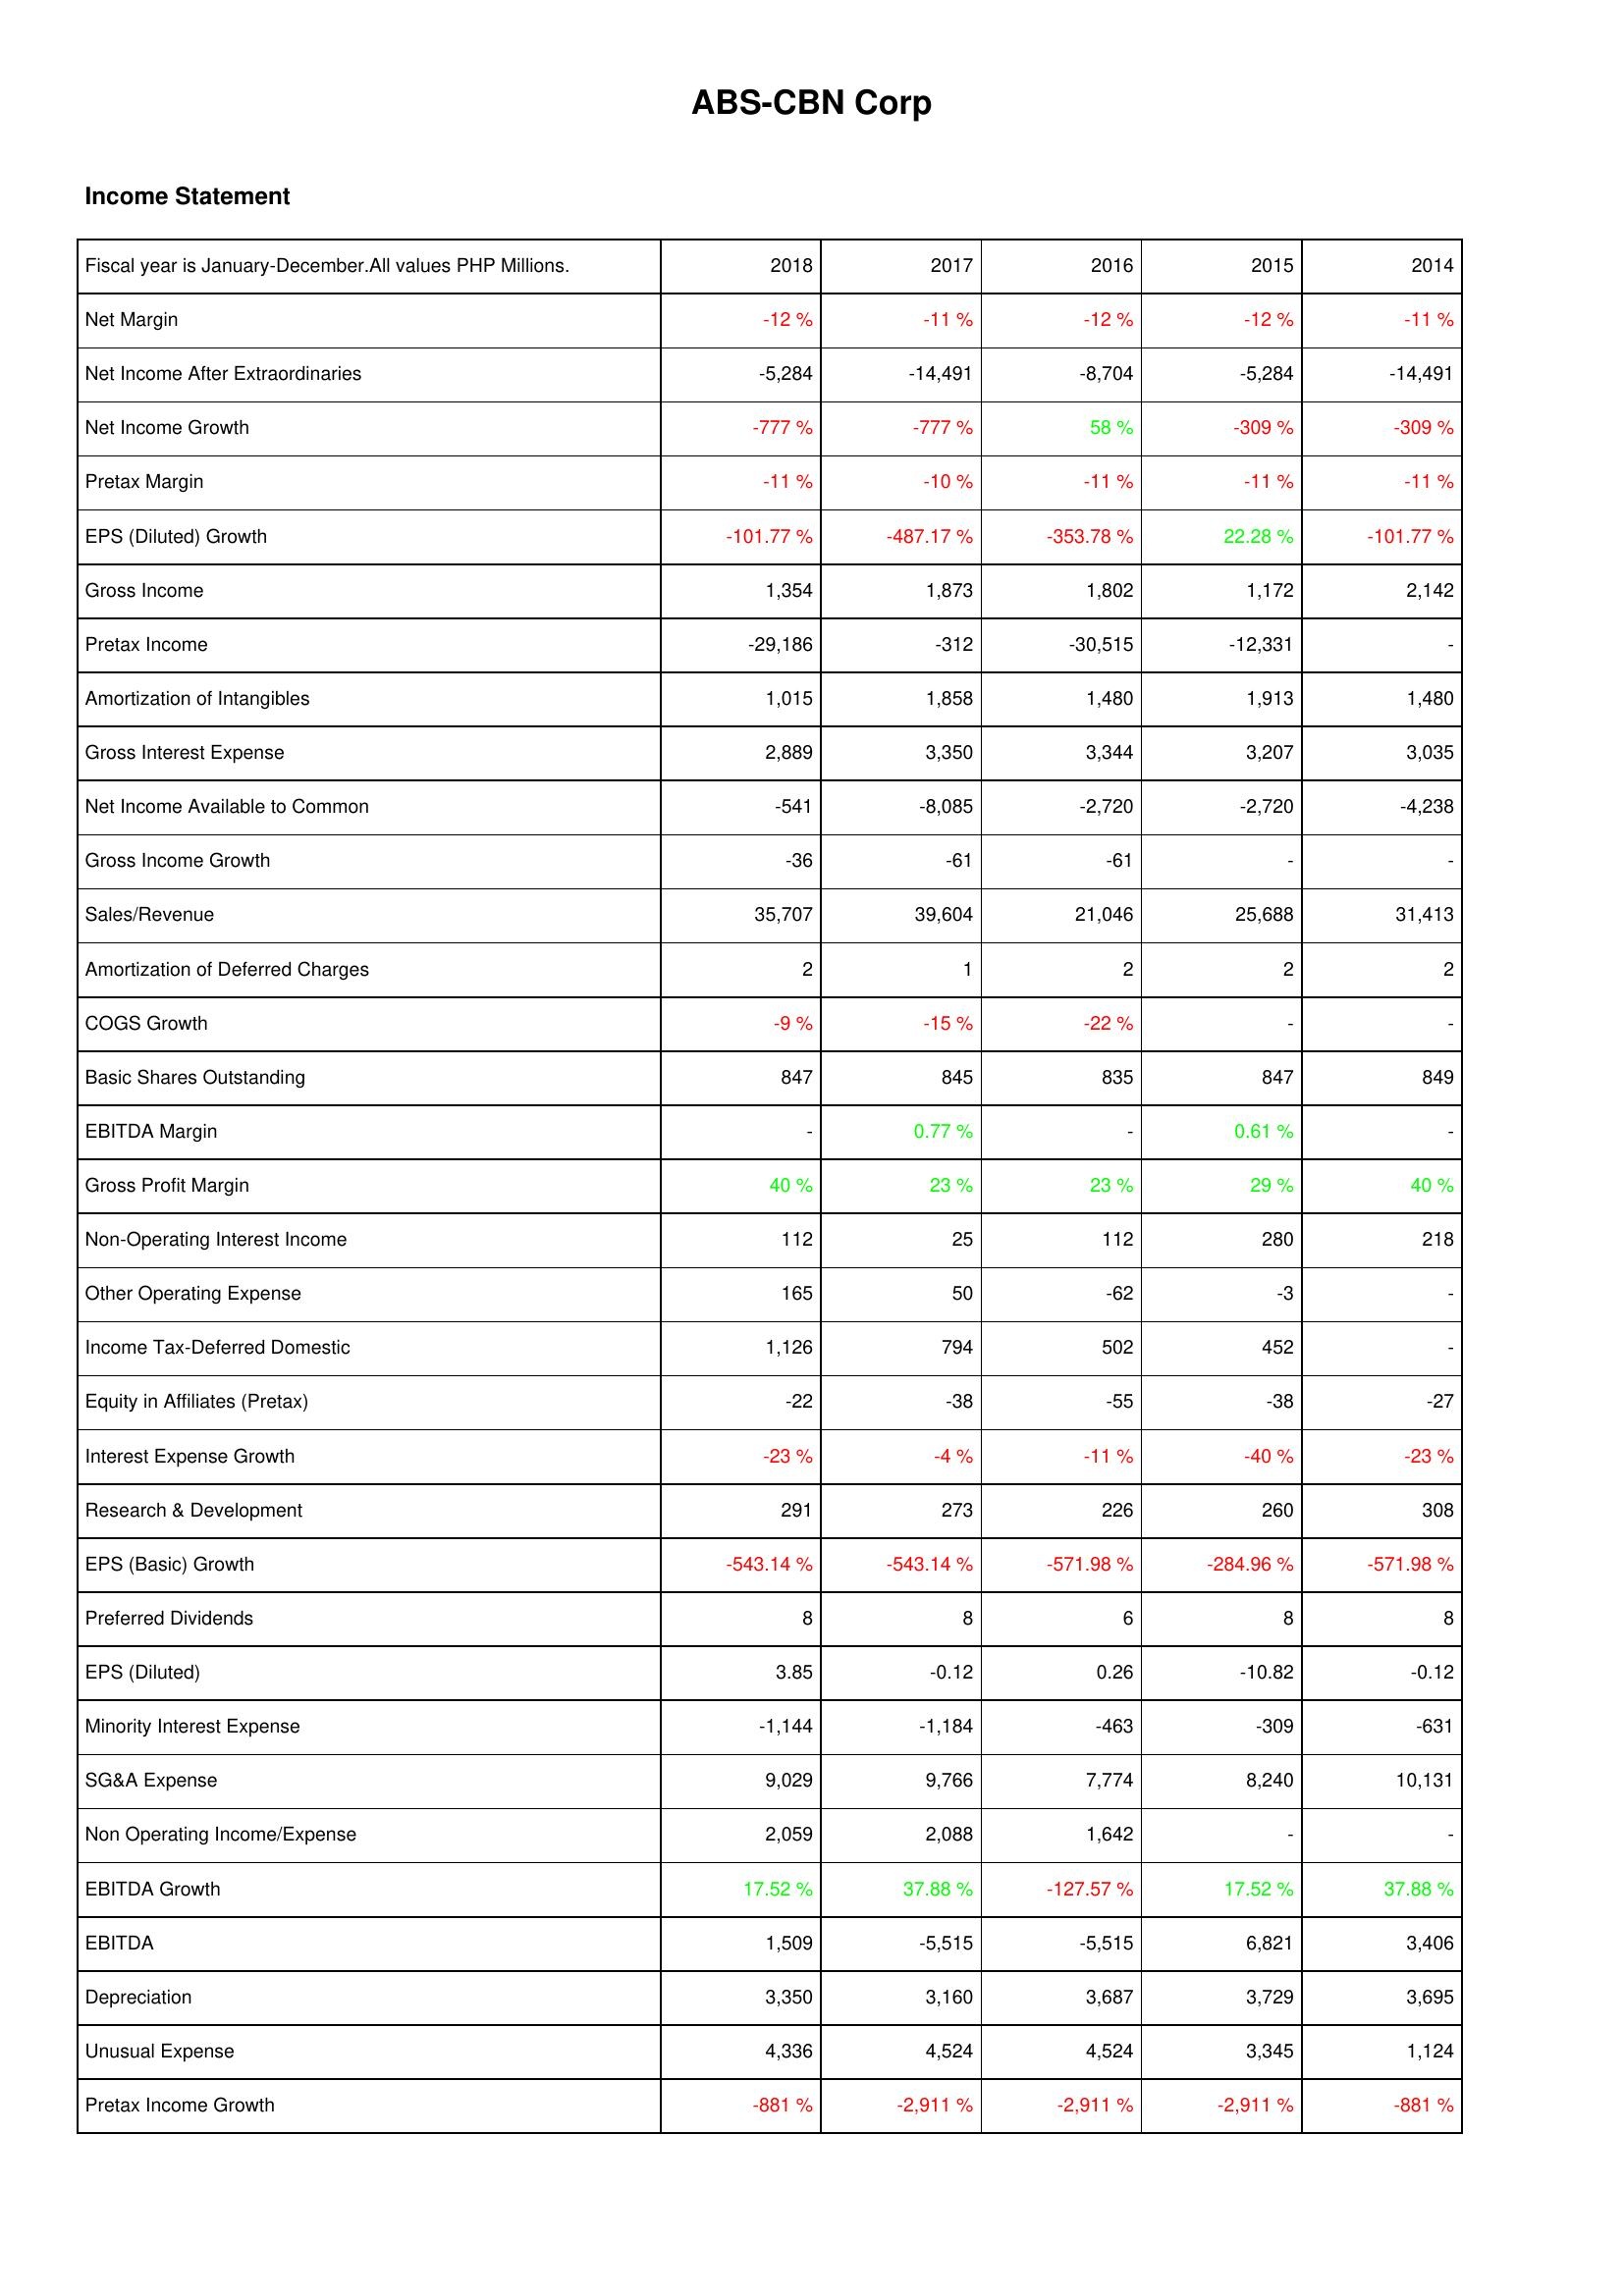
2018: Income Statement: Net Margin: -12 %
Net Income After Extraordinaries: -5,284
Net Income Growth: -777 %
Pretax Margin: -11 %
EPS (Diluted) Growth: -101.77 %
Gross Income: 1,354
Pretax Income: -29,186
Amortization of Intangibles: 1,015
Gross Interest Expense: 2,889
Net Income Available to Common: -541
Gross Income Growth: -36
Sales/Revenue: 35,707
Amortization of Deferred Charges: 2
COGS Growth: -9 %
Basic Shares Outstanding: 847
EBITDA Margin: -
Gross Profit Margin: 40 %
Non-Operating Interest Income: 112
Other Operating Expense: 165
Income Tax-Deferred Domestic: 1,126
Equity in Affiliates (Pretax): -22
Interest Expense Growth: -23 %
Research & Development: 291
EPS (Basic) Growth: -543.14 %
Preferred Dividends: 8
EPS (Diluted): 3.85
Minority Interest Expense: -1,144
SG&A Expense: 9,029
Non Operating Income/Expense: 2,059
EBITDA Growth: 17.52 %
EBITDA: 1,509
Depreciation: 3,350
Unusual Expense: 4,336
Pretax Income Growth: -881 %
2017: Income Statement: Net Margin: -11 %
Net Income After Extraordinaries: -14,491
Net Income Growth: -777 %
Pretax Margin: -10 %
EPS (Diluted) Growth: -487.17 %
Gross Income: 1,873
Pretax Income: -312
Amortization of Intangibles: 1,858
Gross Interest Expense: 3,350
Net Income Available to Common: -8,085
Gross Income Growth: -61
Sales/Revenue: 39,604
Amortization of Deferred Charges: 1
COGS Growth: -15 %
Basic Shares Outstanding: 845
EBITDA Margin: 0.77 %
Gross Profit Margin: 23 %
Non-Operating Interest Income: 25
Other Operating Expense: 50
Income Tax-Deferred Domestic: 794
Equity in Affiliates (Pretax): -38
Interest Expense Growth: -4 %
Research & Development: 273
EPS (Basic) Growth: -543.14 %
Preferred Dividends: 8
EPS (Diluted): -0.12
Minority Interest Expense: -1,184
SG&A Expense: 9,766
Non Operating Income/Expense: 2,088
EBITDA Growth: 37.88 %
EBITDA: -5,515
Depreciation: 3,160
Unusual Expense: 4,524
Pretax Income Growth: -2,911 %
2016: Income Statement: Net Margin: -12 %
Net Income After Extraordinaries: -8,704
Net Income Growth: 58 %
Pretax Margin: -11 %
EPS (Diluted) Growth: -353.78 %
Gross Income: 1,802
Pretax Income: -30,515
Amortization of Intangibles: 1,480
Gross Interest Expense: 3,344
Net Income Available to Common: -2,720
Gross Income Growth: -61
Sales/Revenue: 21,046
Amortization of Deferred Charges: 2
COGS Growth: -22 %
Basic Shares Outstanding: 835
EBITDA Margin: -
Gross Profit Margin: 23 %
Non-Operating Interest Income: 112
Other Operating Expense: -62
Income Tax-Deferred Domestic: 502
Equity in Affiliates (Pretax): -55
Interest Expense Growth: -11 %
Research & Development: 226
EPS (Basic) Growth: -571.98 %
Preferred Dividends: 6
EPS (Diluted): 0.26
Minority Interest Expense: -463
SG&A Expense: 7,774
Non Operating Income/Expense: 1,642
EBITDA Growth: -127.57 %
EBITDA: -5,515
Depreciation: 3,687
Unusual Expense: 4,524
Pretax Income Growth: -2,911 %
2015: Income Statement: Net Margin: -12 %
Net Income After Extraordinaries: -5,284
Net Income Growth: -309 %
Pretax Margin: -11 %
EPS (Diluted) Growth: 22.28 %
Gross Income: 1,172
Pretax Income: -12,331
Amortization of Intangibles: 1,913
Gross Interest Expense: 3,207
Net Income Available to Common: -2,720
Gross Income Growth: -
Sales/Revenue: 25,688
Amortization of Deferred Charges: 2
COGS Growth: -
Basic Shares Outstanding: 847
EBITDA Margin: 0.61 %
Gross Profit Margin: 29 %
Non-Operating Interest Income: 280
Other Operating Expense: -3
Income Tax-Deferred Domestic: 452
Equity in Affiliates (Pretax): -38
Interest Expense Growth: -40 %
Research & Development: 260
EPS (Basic) Growth: -284.96 %
Preferred Dividends: 8
EPS (Diluted): -10.82
Minority Interest Expense: -309
SG&A Expense: 8,240
Non Operating Income/Expense: -
EBITDA Growth: 17.52 %
EBITDA: 6,821
Depreciation: 3,729
Unusual Expense: 3,345
Pretax Income Growth: -2,911 %
2014: Income Statement: Net Margin: -11 %
Net Income After Extraordinaries: -14,491
Net Income Growth: -309 %
Pretax Margin: -11 %
EPS (Diluted) Growth: -101.77 %
Gross Income: 2,142
Pretax Income: -
Amortization of Intangibles: 1,480
Gross Interest Expense: 3,035
Net Income Available to Common: -4,238
Gross Income Growth: -
Sales/Revenue: 31,413
Amortization of Deferred Charges: 2
COGS Growth: -
Basic Shares Outstanding: 849
EBITDA Margin: -
Gross Profit Margin: 40 %
Non-Operating Interest Income: 218
Other Operating Expense: -
Income Tax-Deferred Domestic: -
Equity in Affiliates (Pretax): -27
Interest Expense Growth: -23 %
Research & Development: 308
EPS (Basic) Growth: -571.98 %
Preferred Dividends: 8
EPS (Diluted): -0.12
Minority Interest Expense: -631
SG&A Expense: 10,131
Non Operating Income/Expense: -
EBITDA Growth: 37.88 %
EBITDA: 3,406
Depreciation: 3,695
Unusual Expense: 1,124
Pretax Income Growth: -881 %